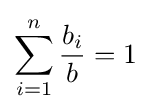
\sum _{i=1}^{n}{\frac {b_{i}}{b}}=1